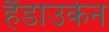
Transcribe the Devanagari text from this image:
हैंडाउकेन